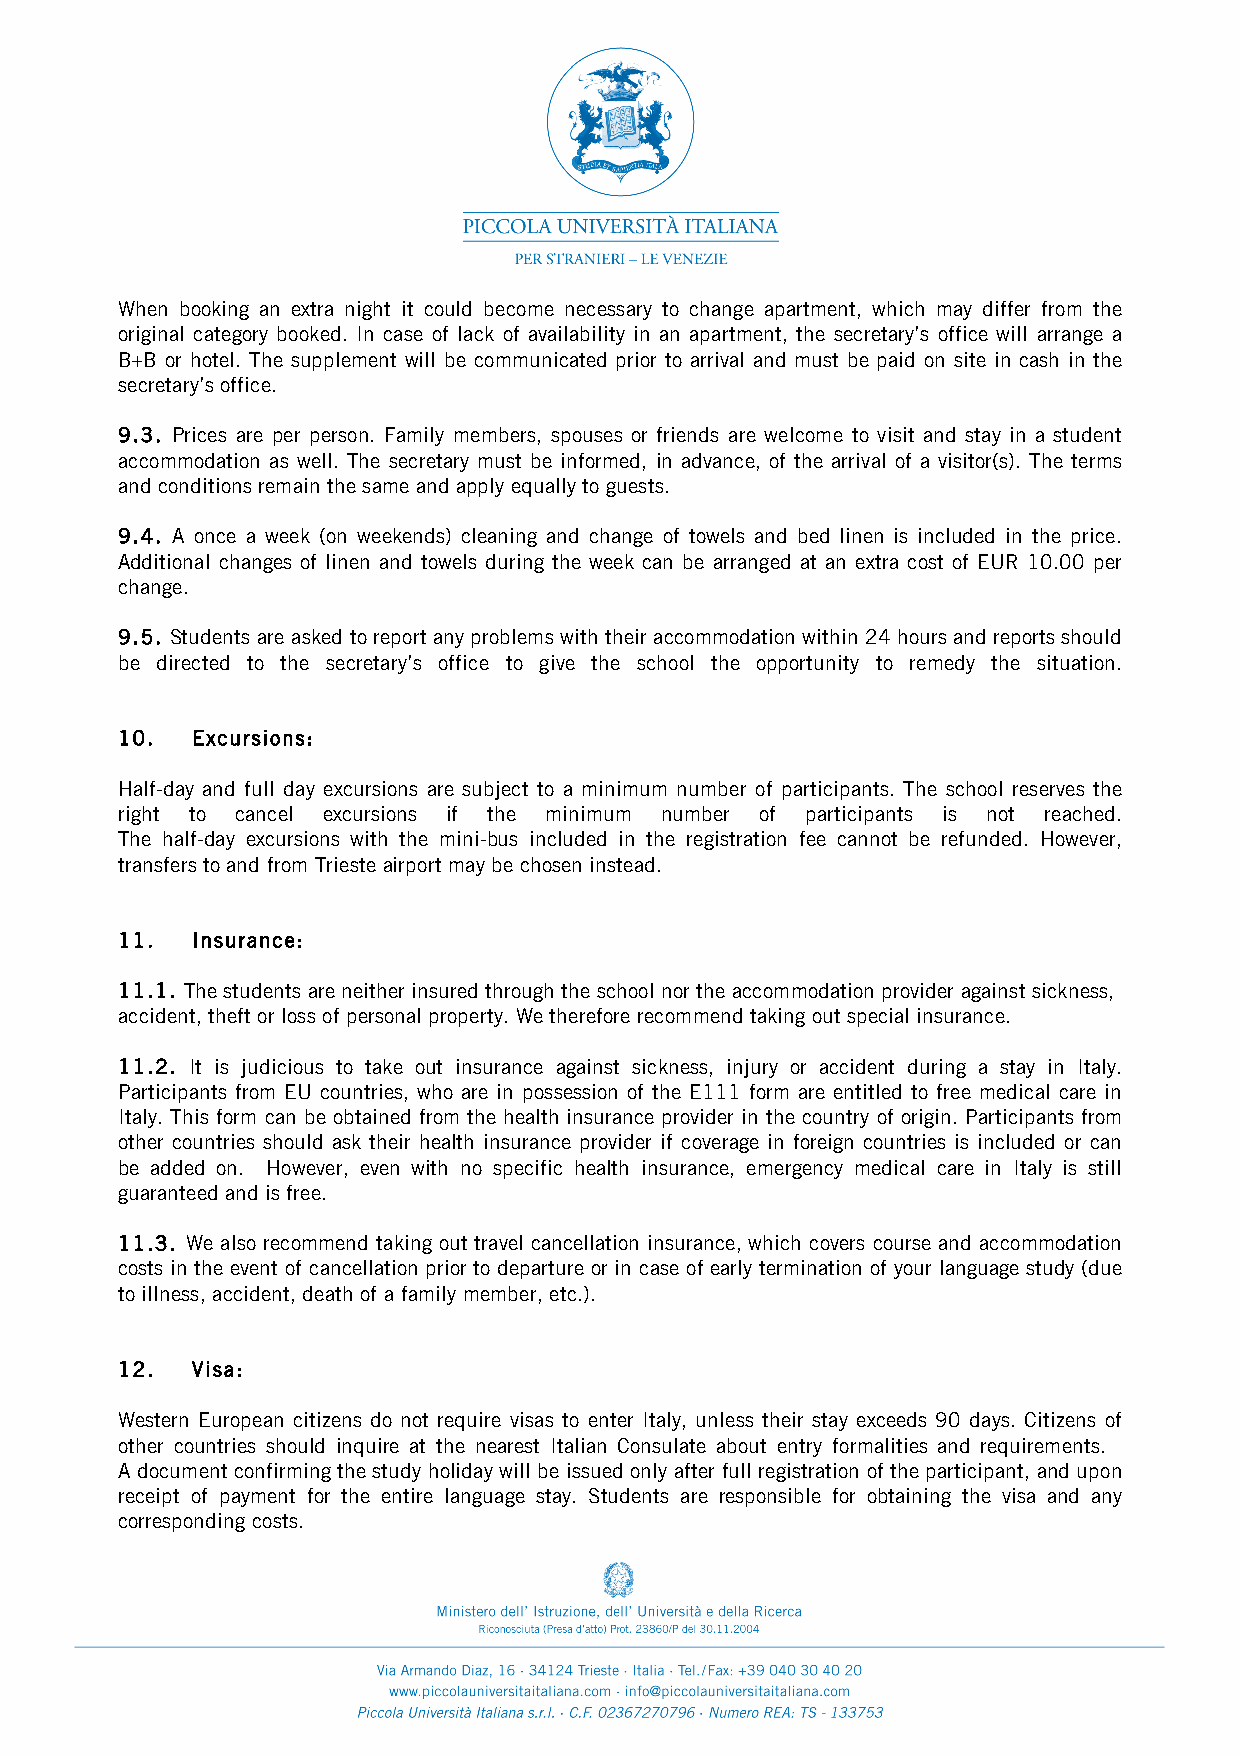
When booking an extra night it could become necessary to change apartment, which may differ from the
 original category booked. In case of lack of availability in an apartment, the secretary’s office will arrange a
 B+B or hotel. The supplement will be communicated prior to arrival and must be paid on site in cash in the
 secretary’s office.
 9.3. Prices are per person. Family members, spouses or friends are welcome to visit and stay in a student
 accommodation as well. The secretary must be informed, in advance, of the arrival of a visitor(s). The terms
 and conditions remain the same and apply equally to guests.
 9.4. A once a week (on weekends) cleaning and change of towels and bed linen is included in the price.
 Additional changes of linen and towels during the week can be arranged at an extra cost of EUR 10.00 per
 change.
 9.5. Students are asked to report any problems with their accommodation within 24 hours and reports should
 be directed to the secretary’s office to give the school the opportunity to remedy the situation.
 10.  Excursions:
 Half-day and full day excursions are subject to a minimum number of participants. The school reserves the
 right to cancel excursions if the minimum number of participants is not reached.
 The half-day excursions with the mini-bus included in the registration fee cannot be refunded. However,
 transfers to and from Trieste airport may be chosen instead.
 11.  Insurance:
 11.1. The students are neither insured through the school nor the accommodation provider against sickness,
 accident, theft or loss of personal property. We therefore recommend taking out special insurance.
 11.2. It is judicious to take out insurance against sickness, injury or accident during a stay in Italy.
 Participants from EU countries, who are in possession of the E111 form are entitled to free medical care in
 Italy. This form can be obtained from the health insurance provider in the country of origin. Participants from
 other countries should ask their health insurance provider if coverage in foreign countries is included or can
 be added on. However, even with no specific health insurance, emergency medical care in Italy is still
 guaranteed and is free.
 11.3. We also recommend taking out travel cancellation insurance, which covers course and accommodation
 costs in the event of cancellation prior to departure or in case of early termination of your language study (due
 to illness, accident, death of a family member, etc.).
 12.  Visa:
 Western European citizens do not require visas to enter Italy, unless their stay exceeds 90 days. Citizens of
 other countries should inquire at the nearest Italian Consulate about entry formalities and requirements.
 A document confirming the study holiday will be issued only after full registration of the participant, and upon
 receipt of payment for the entire language stay. Students are responsible for obtaining the visa and any
 corresponding costs.